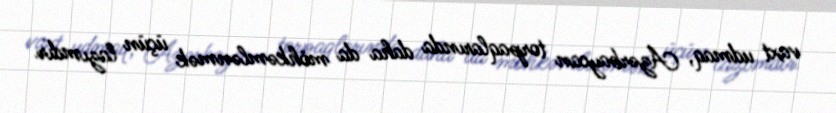
vaxt udmaq, Azərbaycan torpaqlarında daha da möhkəmlənmək üçün lazımdır.